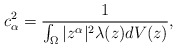
\begin{align*}c_{\alpha}^2=\frac{1}{\int_{\Omega}|z^{\alpha}|^2\lambda(z)dV(z)},\end{align*}